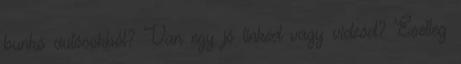
bunkó autósokból? Van egy jó linked vagy videód? Esetleg